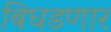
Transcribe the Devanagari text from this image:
बिघडणार